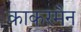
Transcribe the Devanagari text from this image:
काकरमैन